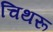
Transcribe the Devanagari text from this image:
चिथरू